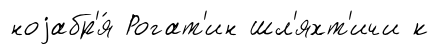
ноjабр'я́ Рогат'ин шл'яхт'ичи к